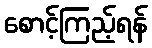
စောင့်ကြည့်ရန်